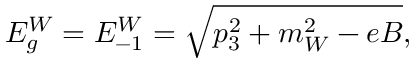
E _ { g } ^ { W } = E _ { - 1 } ^ { W } = \sqrt { p _ { 3 } ^ { 2 } + m _ { W } ^ { 2 } - e B } ,